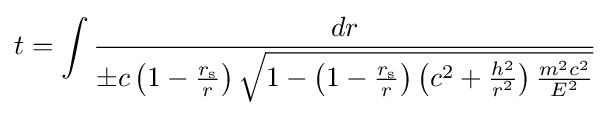
t=\int {\frac {dr}{\pm c\left(1-{\frac {r_{\text{s}}}{r}}\right){\sqrt {1-\left(1-{\frac {r_{\text{s}}}{r}}\right)\left(c^{2}+{\frac {h^{2}}{r^{2}}}\right){\frac {m^{2}c^{2}}{E^{2}}}}}}}